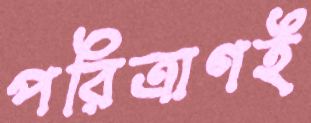
পরিত্রাণই